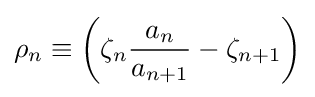
\rho _{n}\equiv \left(\zeta _{n}{\frac {a_{n}}{a_{n+1}}}-\zeta _{n+1}\right)